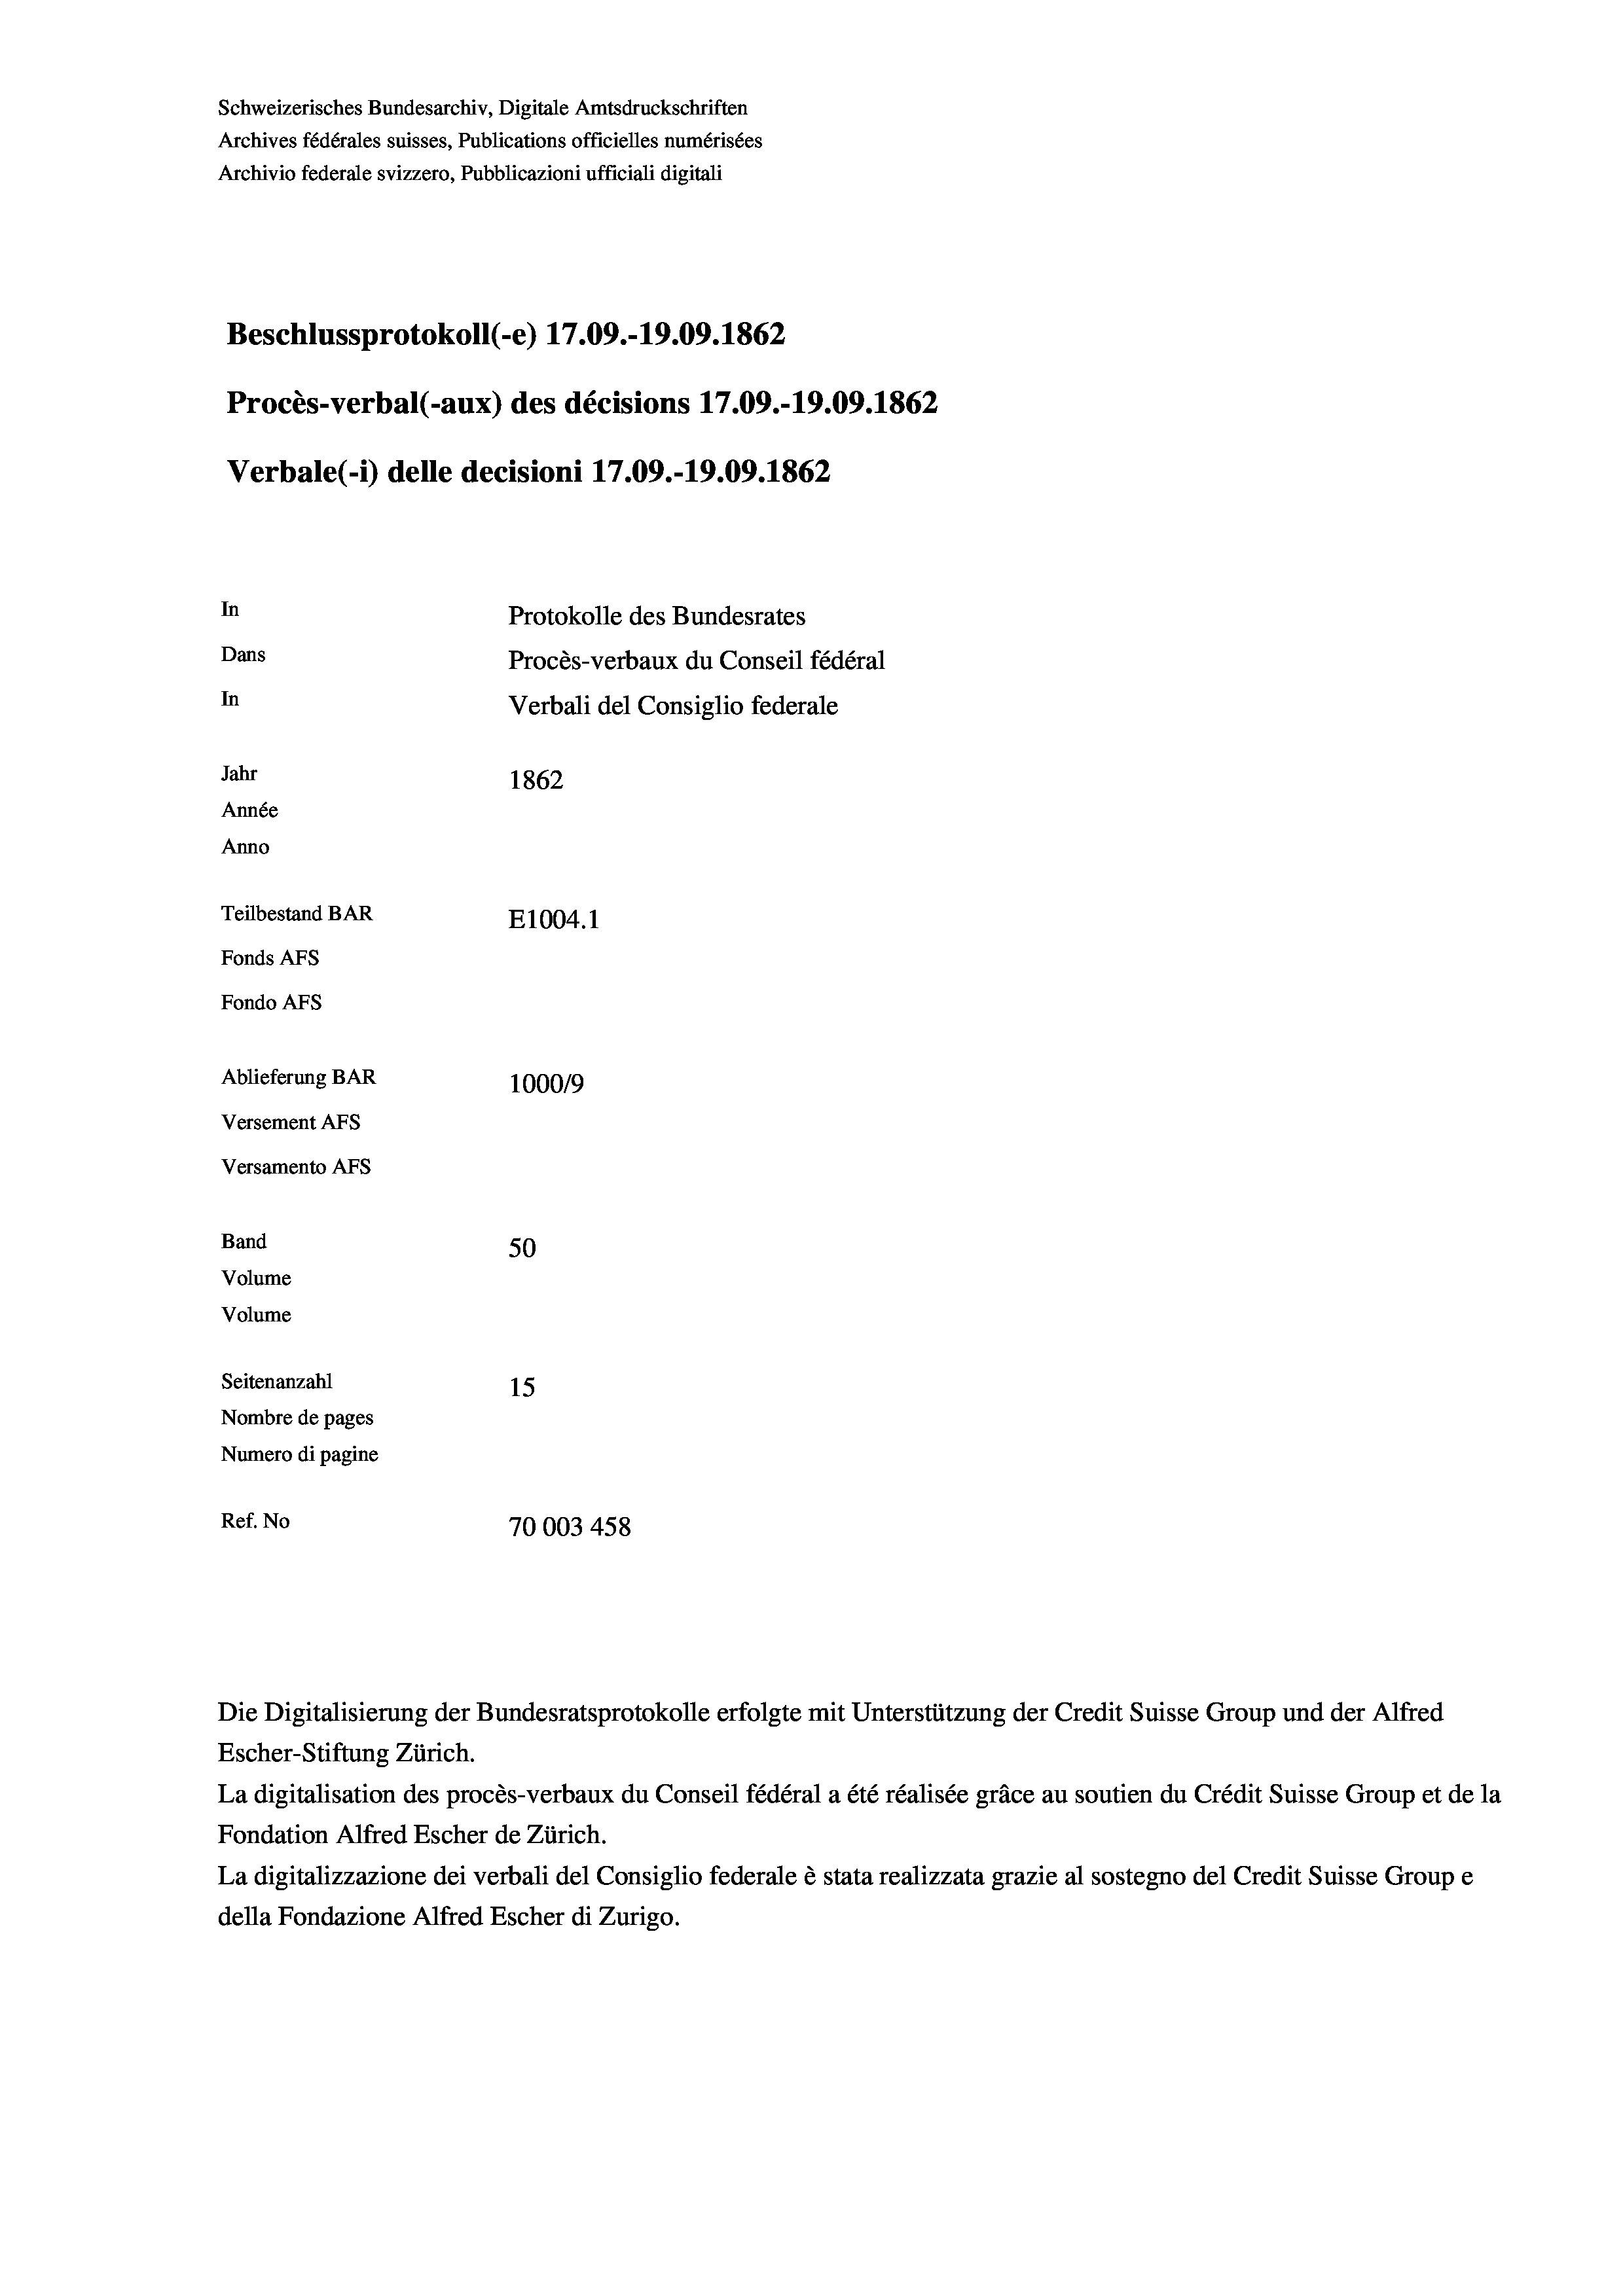
Schweizerisches Bundesarchiv, Digitale Amtsdruckschriften
Archives fédérales suisses, Publications officielles numérisées
Archivio federale svizzero, Pubblicazioni ufficiali digitali
Beschlussprotokoll (-e) 17.09.-19.09. 1862
Procès-verbal (-aux) des décisions 17.09.-19.09. 1862
Verbale(*) delle decisioni 17.09.-19.09. 1862
In
Protokolle des Bundesrates
Dans
Procès-verbaux du Conseil fédéral
In
Verbali del Consiglio federale
Jahr
1862
Année
Anno
Teilbestand BAR
E1004. 1
Fonds AFs
Fondo AFs
Ablieferung BAR
100019
Versement AFs
Versamento Afs
Band
50
Volume
Volume

Seitenanzahl
15
Nombre de pages
Numero di pagine
Ref. No
70003 458

Escher-Stiftung Zürich.
La digitalisation des procès-verbaux du Conseil fédéral a été réalisée gräce au soutien du Crédit Suisse Group et de la
Fondation Alfred Escher de Zürich.
La digitalizzazione dei verbali del Consiglio federale è stata realizzata grazie al sostegno del Credit Suisse Groupe
della Fondazione Alfred Escher di Zurigo.

Die Digitalisierung der Bundesratsprotokolle erfolgte mit Unterstützung der Credit Suisse Group und der Alfred